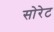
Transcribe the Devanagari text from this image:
सोरेट